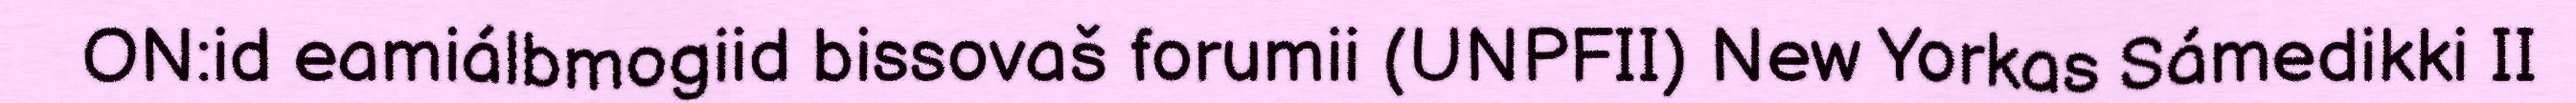
ON:id eamiálbmogiid bissovaš forumii (UNPFII) New Yorkas Sámedikki II